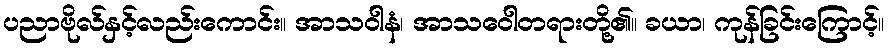
ပညာဗိုလ်နှင့်လည်းကောင်း။ အာသဝါနံ၊ အာသဝေါတရားတို့၏။ ခယာ၊ ကုန်ခြင်းကြောင့်။